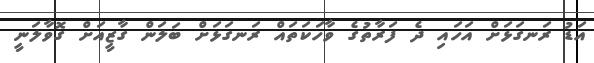
އަޑު ރަނގަޅަށް އަހައި ދެ ފަރާތުގެ ވާހަކަތައް ރަނގަޅަށް ބަލަން ގާޒީއަށް ގޮވާލަނީ